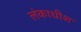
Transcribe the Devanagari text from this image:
लंकाधीश